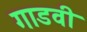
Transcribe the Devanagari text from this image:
गाडवी